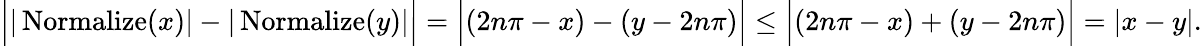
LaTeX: \begin{array}{r}{\Big||\operatorname{Normalize}(x)|-|\operatorname{Normalize}(y)|\Big|=\Big|(2n\pi-x)-(y-2n\pi)\Big|\leq\Big|(2n\pi-x)+(y-2n\pi)\Big|=|x-y|.}\end{array}